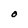
Character: O